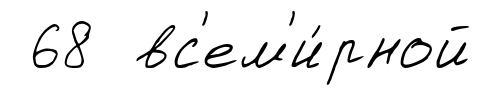
68 вс'ем'и́рной